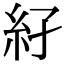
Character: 𥾌